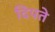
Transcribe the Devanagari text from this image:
दिपते